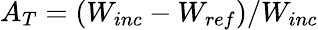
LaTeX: A_{T}=(W_{inc}-W_{ref})/W_{inc}